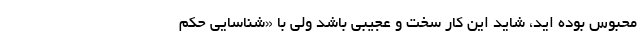
محبوس بوده اید، شاید این کار سخت و عجیبی باشد ولی با «شناسایی حکم